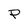
Character: P